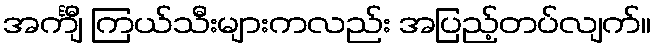
အင်္ကျီ ကြယ်သီးများကလည်း အပြည့်တပ်လျက်။